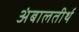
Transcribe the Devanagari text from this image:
अंबालतीर्थ